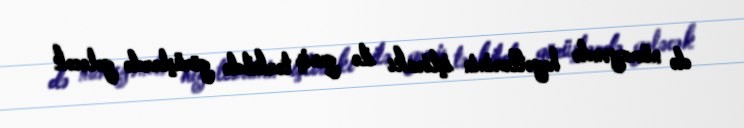
də nümayəndə heyətlərinin iştirakı ilə geniş tərkibdə görüşlərdə gələcək